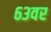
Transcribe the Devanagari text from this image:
६३वर